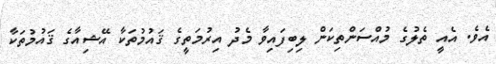
އެވެ. އެއީ ތެލުގެ މުއްސަންތިކަން ލިބިފައިވާ މެދު އިރުމަތީގެ ޤައުމުތަކާ އޭޝިއާގެ ޤައުމުތަކާ